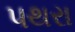
પથરા